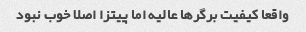
واقعا کیفیت برگرها عالیه اما پیتزا اصلا خوب نبود